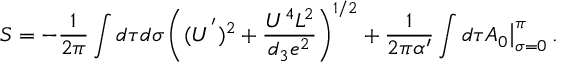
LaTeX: S = - { \frac { 1 } { 2 \pi } } \int d \tau d \sigma \left( ( U ^ { ' } ) ^ { 2 } + \frac { U ^ { 4 } L ^ { 2 } } { d _ { 3 } e ^ { 2 } } \right) ^ { 1 / 2 } + { \frac { 1 } { 2 \pi \alpha ^ { \prime } } } \int d \tau A _ { 0 } \big \vert _ { \sigma = 0 } ^ { \pi } \, .